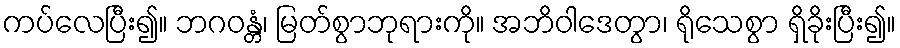
ကပ်လေပြီး၍။ ဘဂဝန္တံ၊ မြတ်စွာဘုရားကို။ အဘိဝါဒေတွာ၊ ရိုသေစွာ ရှိခိုးပြီး၍။